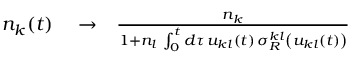
\begin{array} { r l r } { n _ { k } ( t ) } & { { } \rightarrow } & { \frac { n _ { k } } { 1 + n _ { l } \, \int _ { 0 } ^ { t } d \tau \, u _ { k l } ( t ) \, \sigma _ { R } ^ { k l } \left( u _ { k l } ( t ) \right) } } \end{array}